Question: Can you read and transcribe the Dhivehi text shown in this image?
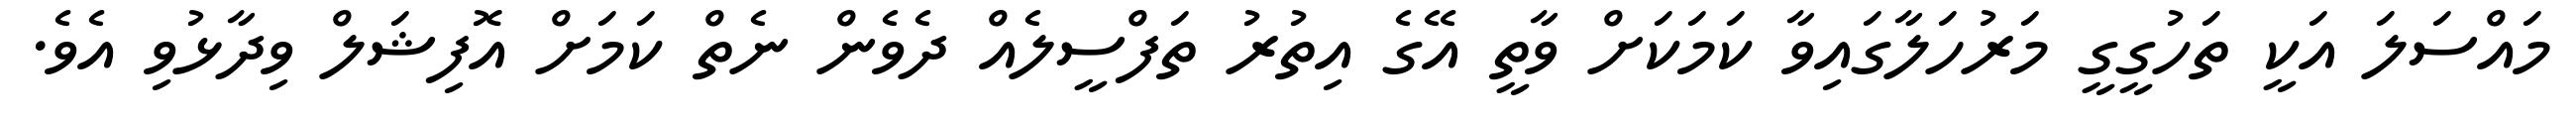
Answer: މައްސަލަ އަކީ ތަހުގީގީ މަރުހަލާގައިވާ ކަމަކަށް ވާތީ އޭގެ އިތުރު ތަފްސީލެއް ދެވެން ނެތް ކަމަށް އޮފިޝަލް ވިދާޅުވި އެވެ.